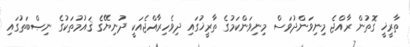
ތާރީޚީ ގޮތުން ރާއްޖެ މިނިވަންދުވަސް މިނިވަންކަމުގެ ތާރީޚުގައި ދިވެހިރާއްޖެއަކީ ދުނިޔޭގެ ޤައުމުތަކުގެ ނިޞްބަތުގައި